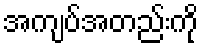
အကျပ်အတည်းကို